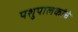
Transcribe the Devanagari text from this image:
पशुपालकांचे